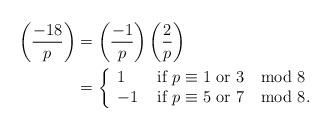
LaTeX: \begin{align*} \left( \frac{-18}{p}\right) &= \left( \frac{-1}{p}\right)\left( \frac{2}{p}\right) \\ &= \left\{ \begin{array}{ll} 1 &\mbox{\ if\ } p\equiv 1\mbox{\ or\ } 3\mod 8\\ -1 &\mbox{\ if\ } p\equiv 5\mbox{\ or\ } 7\mod 8.\end{array}\right. \end{align*}